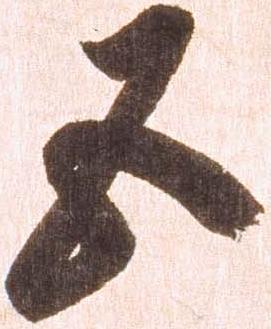
五